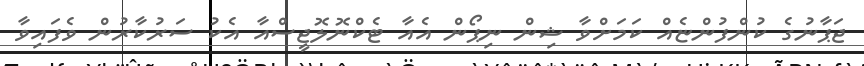
ޖަޕާނުގެ ކުންފުންޏެއް ކަމަށްވާ ޝިން ނިޕޯން އެއާ ޓެކްނޮލޮޖީސްއާ އެކު ސަރުކާރުން ވެފައިވާ